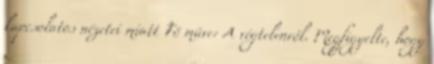
kapcsolatos nézetei miatt Fő műve: A végtelenről. Megfigyelte, hogy